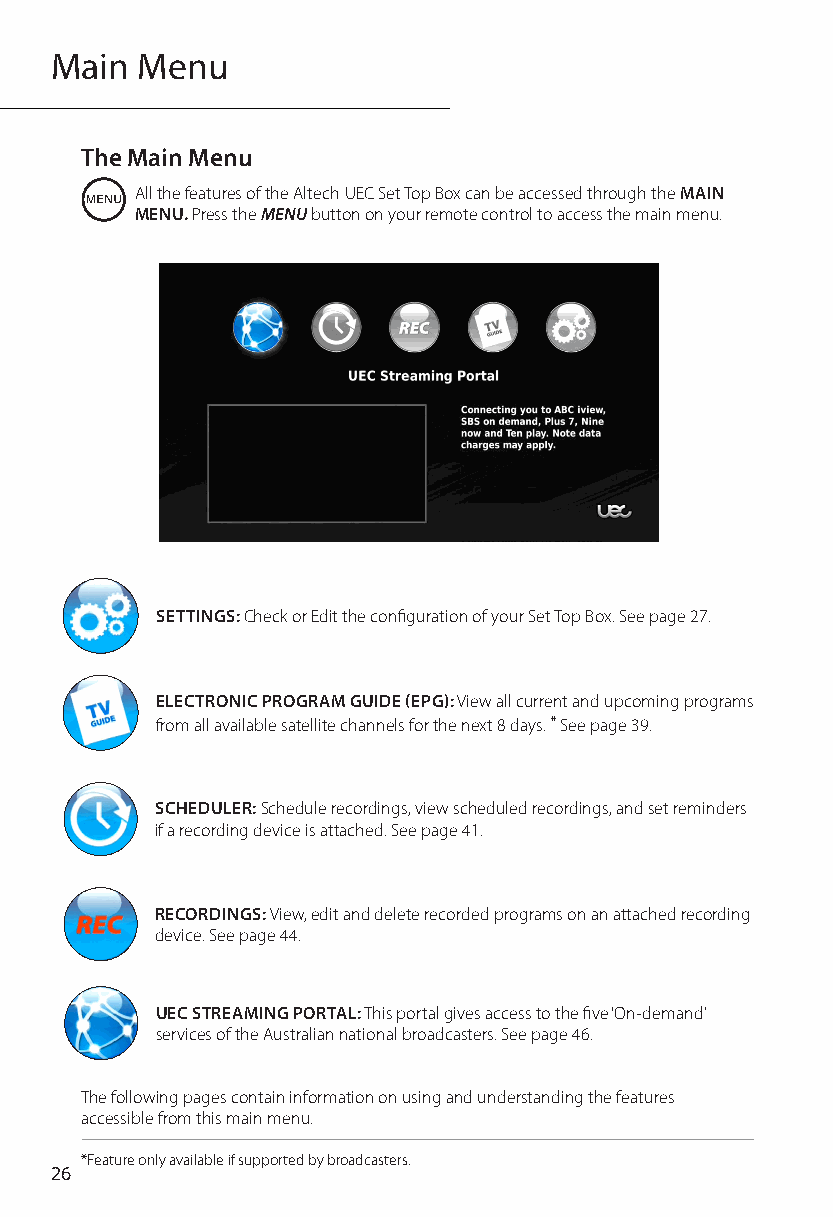
Main  Menu
 The Main Menu
 All the features of the Altech UEC Set Top Box can be accessed through the MAIN
 MENU. Press the MENU button on your remote control to access the main menu.
 SETTINGS: Check or Edit the configuration of your Set Top Box. See page 27.
 ELECTRONIC PROGRAM GUIDE (EPG): View all current and upcoming programs
 from all available satellite channels for the next 8 days. * See page 39.
 SCHEDULER: Schedule recordings, view scheduled recordings, and set reminders
 if a recording device is attached. See page 41.
 RECORDINGS: View, edit and delete recorded programs on an attached recording
 device. See page 44.
 UEC STREAMING PORTAL: This portal gives access to the five ‘On-demand’
 services of the Australian national broadcasters. See page 46.
 The following pages contain information on using and understanding the features
 accessible from this main menu.
 *Feature only available if supported by broadcasters.
 26